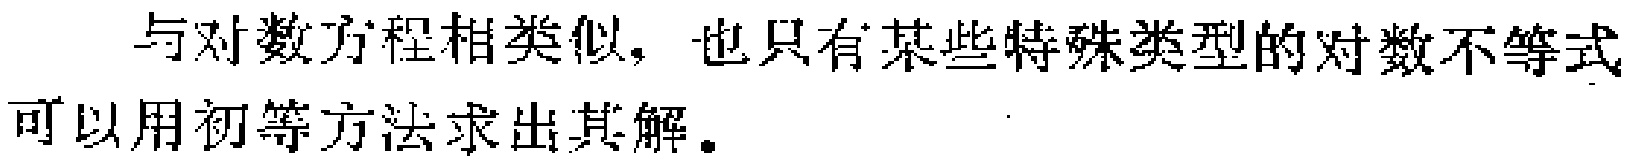
与对数方程相类似，也只有某些特殊类型的对数不等式可以用初等方法求出其解。